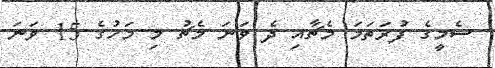
ސެމީގެ ފުރަތަމަ މެޗާއި ދެ ވަނަ މެޗު މި މަހުގެ 15 ވަނަ